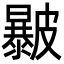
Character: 㿺